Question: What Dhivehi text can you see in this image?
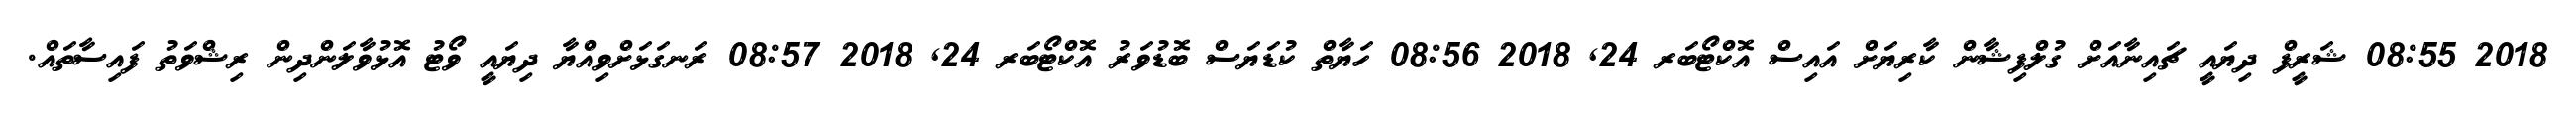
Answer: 2018 08:55 ޝަރީފް ދިޔައީ ޗައިނާއަށް ގުލްފިޝާން ކާރިޔަށް އައިސް އޮކްޓޯބަރ 24, 2018 08:56 ހަޔާތް ކުޑަޔަސް ބޮޑުވަރު އޮކްޓޯބަރ 24, 2018 08:57 ރަނގަޅަށްވިއްޔާ ދިޔައީ ވޯޓު އޮޅުވާލަންދިން ރިޝްވަތު ފައިސާތައް.